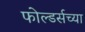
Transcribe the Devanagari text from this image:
फोल्डर्सच्या